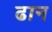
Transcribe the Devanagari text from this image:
ढान